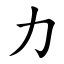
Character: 力